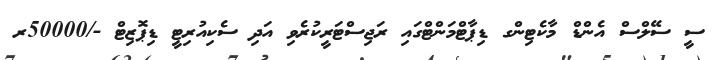
ސީ ސޭލްސް އެންޑް މާކެޓިންގ ޑިޕާޓްމަންޓްގައި ރަޖިސްޓަރީކުރެވި އަދި ސެކިއުރިޓީ ޑިޕޮޒިޓް -/50000ރ